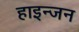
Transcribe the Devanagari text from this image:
हाइन्जन